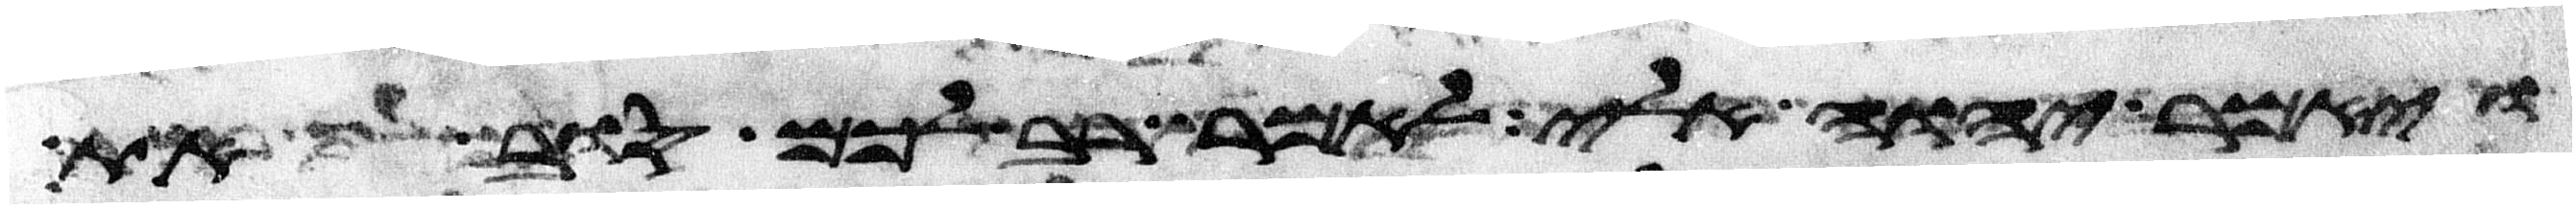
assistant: ויאמר יהוה אלי לאמר רב לכם סוב את